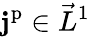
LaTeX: \mathbf{j}^{\mathrm{p}}\in\vec{L}^{1}